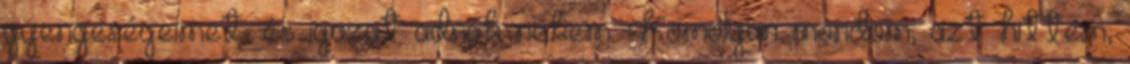
gyengeségeimet, és igazat adnak nekem. Komolyan mondom, azt hittem,